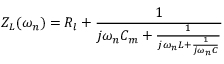
Z _ { L } ( \omega _ { n } ) = R _ { l } + \frac { 1 } { j \omega _ { n } C _ { m } + \frac { 1 } { j \omega _ { n } L + \frac { 1 } { j \omega _ { n } C } } }